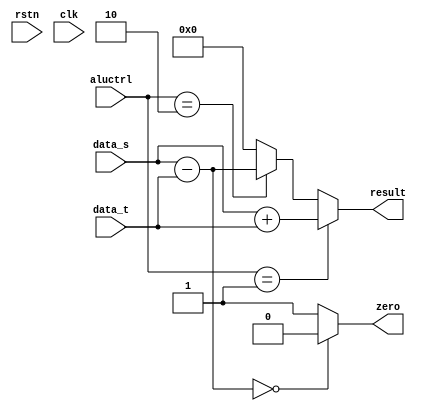

module alu(rstn, clk, aluctrl, data_s, data_t, zero, result);
    input rstn, clk;
    input [3:0] aluctrl;
    input [31:0] data_s;
    input [31:0] data_t;
    output zero;
    output [31:0] result;
    
    wire [31:0] result;
    reg [31:0] divresult;
    reg [31:0] remainder;
    wire zero;
    
    assign zero = ( data_s - data_t == 0 )? 0 : 1;      // when data_s = data_t, zero = 0, otherwise zero = 1.
    assign result = (aluctrl == 1)? data_s + data_t :      // when addition is asserted,
                    (aluctrl == 2)? data_s - data_t :      // when subtraction is asserted,
                    (aluctrl == 3)?             // when division is asserted,
                    (remainder != -1)? remainder : 32'b0      // when remainder != -1, it needs more calculation.
                    : 32'b0;      // Do nothing.
    
    always @(rstn) begin
        remainder <= 0;
        divresult <= 0;
    end
    
    always @(data_s or data_t) begin      // Doing division.
       if(aluctrl != 3) begin      // if alu is not division,
           remainder <= 0;
           divresult <= 0;
       end
       else begin         // if alu is division,
           if(data_s < data_t) begin      
              if(divresult == 0) begin
                 remainder <= -1;
                 divresult <= 0;
              end
              else begin
                 remainder <= -1;
                 divresult <= divresult;
              end
           end
           else if(data_s == data_t) begin
               if(divresult == 0) begin
                  remainder <= -1;
                  divresult <= 1;
               end
               else begin
                  remainder <= -1;
                  divresult <= divresult +1;
               end
           end
           else if(data_s < (data_t << 1) ) begin
               remainder <= data_s - data_t;
               divresult <= divresult + 1;
           end
           else if(data_s < (data_t << 2) ) begin
               remainder <= data_s - (data_t << 1);
               divresult <= divresult + 2;
           end
           else if(data_s < (data_t << 3) ) begin
               remainder <= data_s - (data_t << 2);
               divresult <= divresult + 4;
           end
           else if(data_s < (data_t << 4) ) begin
               remainder <= data_s - (data_t << 3);
               divresult <= divresult + 8;
           end
           else if(data_s < (data_t << 5) ) begin
               remainder <= data_s - (data_t << 4);
               divresult <= divresult + 16;
           end
           else if(data_s < (data_t << 6) ) begin
               remainder <= data_s - (data_t << 5);
               divresult <= divresult + 32;
           end
           else if(data_s < (data_t << 7) ) begin
               remainder <= data_s - (data_t << 6);
               divresult <= divresult + 64;
           end
           else if(data_s < (data_t << 8) ) begin
               remainder <= data_s - (data_t << 7);
               divresult <= divresult + 128;
           end
           else if(data_s < (data_t << 9) ) begin
               remainder <= data_s - (data_t << 8);
               divresult <= divresult + 256;
           end
           else if(data_s < (data_t << 10) ) begin
               remainder <= data_s - (data_t << 9);
               divresult <= divresult + 512;
           end
           else if(data_s < (data_t << 11) ) begin
               remainder <= data_s - (data_t << 10);
               divresult <= divresult + 1024;
           end
           else if(data_s < (data_t << 12) ) begin
               remainder <= data_s - (data_t << 11);
               divresult <= divresult + 2048;
           end
           else if(data_s < (data_t << 13) ) begin
               remainder <= data_s - (data_t << 12);
               divresult <= divresult + 4096;
           end
           else if(data_s < (data_t << 14) ) begin
               remainder <= data_s - (data_t << 13);
               divresult <= divresult + 8192;
           end
           else if(data_s < (data_t << 15) ) begin
               remainder <= data_s - (data_t << 14);
               divresult <= divresult + 16384;
           end
           else if(data_s < (data_t << 16) ) begin
               remainder <= data_s - (data_t << 15);
               divresult <= divresult + 32768;
           end
           else if(data_s < (data_t << 17) ) begin
               remainder <= data_s - (data_t << 16);
               divresult <= divresult + 65536;
           end
           else if(data_s < (data_t << 18) ) begin
               remainder <= data_s - (data_t << 17);
               divresult <= divresult + 131072;
           end
           else if(data_s < (data_t << 19) ) begin
               remainder <= data_s - (data_t << 18);
               divresult <= divresult + 262144;
           end
           else if(data_s < (data_t << 20) ) begin
               remainder <= data_s - (data_t << 19);
               divresult <= divresult + 524288;
           end
           else if(data_s < (data_t << 21) ) begin
               remainder <= data_s - (data_t << 20);
               divresult <= divresult + 1048576;
           end
           else if(data_s < (data_t << 22) ) begin
               remainder <= data_s - (data_t << 21);
               divresult <= divresult + 2097152;
           end
           else if(data_s < (data_t << 23) ) begin
               remainder <= data_s - (data_t << 22);
               divresult <= divresult + 4194304;
           end
           else if(data_s < (data_t << 24) ) begin
               remainder <= data_s - (data_t << 23);
               divresult <= divresult + 8388608;
           end
           else if(data_s < (data_t << 25) ) begin
               remainder <= data_s - (data_t << 24);
               divresult <= divresult + 16777216;
           end
           else if(data_s < (data_t << 26) ) begin
               remainder <= data_s - (data_t << 25);
               divresult <= divresult + 33554432;
           end
           else if(data_s < (data_t << 27) ) begin
               remainder <= data_s - (data_t << 26);
               divresult <= divresult + 67108864;
           end
           else if(data_s < (data_t << 28) ) begin
               remainder <= data_s - (data_t << 27);
               divresult <= divresult + 134217728;
           end
           else if(data_s < (data_t << 29) ) begin
               remainder <= data_s - (data_t << 28);
               divresult <= divresult + 268435356;
           end
           else if(data_s < (data_t << 30) ) begin
               remainder <= data_s - (data_t << 29);
               divresult <= divresult + 536870912;
           end
           else if(data_s < (data_t << 31) ) begin
               remainder <= data_s - (data_t << 30);
               divresult <= divresult + 1073741824;
           end
           else
               remainder <= remainder;
        end
    end   
               
endmodule